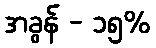
အခွန် - ၁၅%